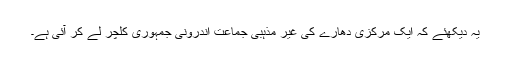
یہ دیکھئے کہ ایک مرکزی دھارے کی غیر مذہبی جماعت اندرونی جمہوری کلچر لے کر آئی ہے۔